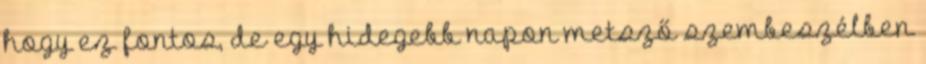
hogy ez fontos, de egy hidegebb napon metsző szembeszélben